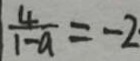
\frac { 4 } { 1 - a } = - 2